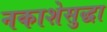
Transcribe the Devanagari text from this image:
नकाशेसुद्धा